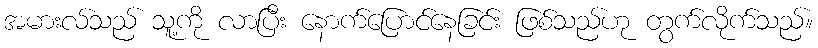
အမားလ်သည် သူ့ကို လာပြီး နောက်ပြောင်နေခြင်း ဖြစ်သည်ဟု တွက်လိုက်သည်။